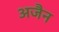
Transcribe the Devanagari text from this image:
अजैन